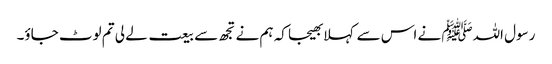
رسول اللہﷺ نے اس سے کہلا بھیجا کہ ہم نے تجھ سے بیعت لے لی تم لوٹ جاؤ۔